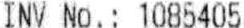
INV NO. : 1085405